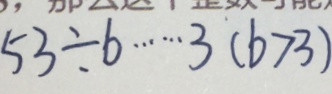
5 3 \div b \cdots 3 ( b > 3 )